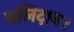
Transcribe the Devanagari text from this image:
बलिदान।